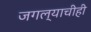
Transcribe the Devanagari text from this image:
जगल्याचीही